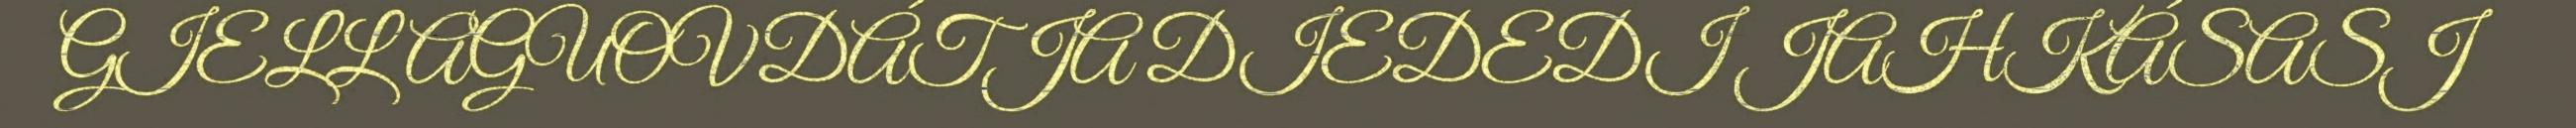
GIELLAGUOVDÁTJA DIEDEDI JAHKÁSASJ